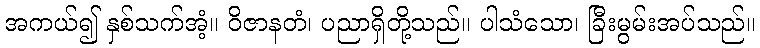
အကယ်၍ နှစ်သက်အံ့။ ဝိဇာနတံ၊ ပညာရှိတို့သည်။ ပါသံသော၊ ခြီးမွမ်းအပ်သည်။